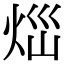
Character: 𤇱